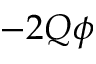
- 2 Q \phi